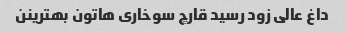
داغ عالی زود رسید قارچ سوخاری هاتون بهترینن